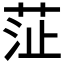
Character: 鿊